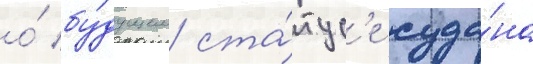
о́ бу́дущем ста́тус'е суда́на